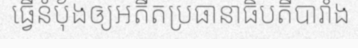
ធ្វើនំប៉័ងឲ្យអតីតប្រធានាធិបតីបារាំង